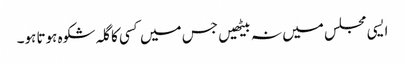
ایسی مجلس میں نہ بیٹھیں جس میں کسی کا گلہ شکوہ ہوتا ہو۔